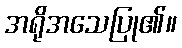
အရိုအသေပြု၏။